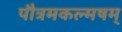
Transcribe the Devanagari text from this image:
पौत्रमकल्मषम्